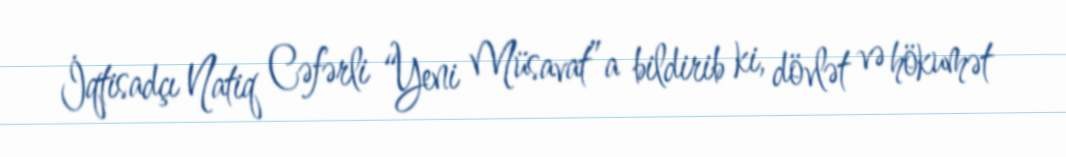
İqtisadçı Natiq Cəfərli “Yeni Müsavat”a bildirib ki, dövlət və hökumət